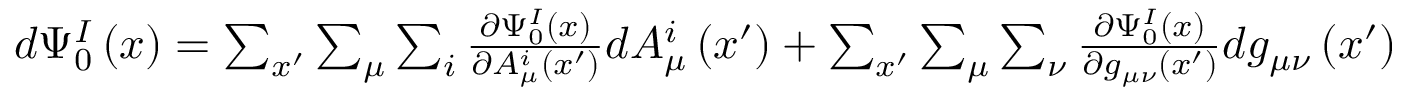
\begin{array} { r } { d \Psi _ { 0 } ^ { I } \left( x \right) = \sum _ { x ^ { \prime } } \sum _ { \mu } \sum _ { i } \frac { \partial \Psi _ { 0 } ^ { I } \left( x \right) } { \partial A _ { \mu } ^ { i } \left( x ^ { \prime } \right) } d A _ { \mu } ^ { i } \left( x ^ { \prime } \right) + \sum _ { x ^ { \prime } } \sum _ { \mu } \sum _ { \nu } \frac { \partial \Psi _ { 0 } ^ { I } \left( x \right) } { \partial g _ { \mu \nu } \left( x ^ { \prime } \right) } d g _ { \mu \nu } \left( x ^ { \prime } \right) } \end{array}